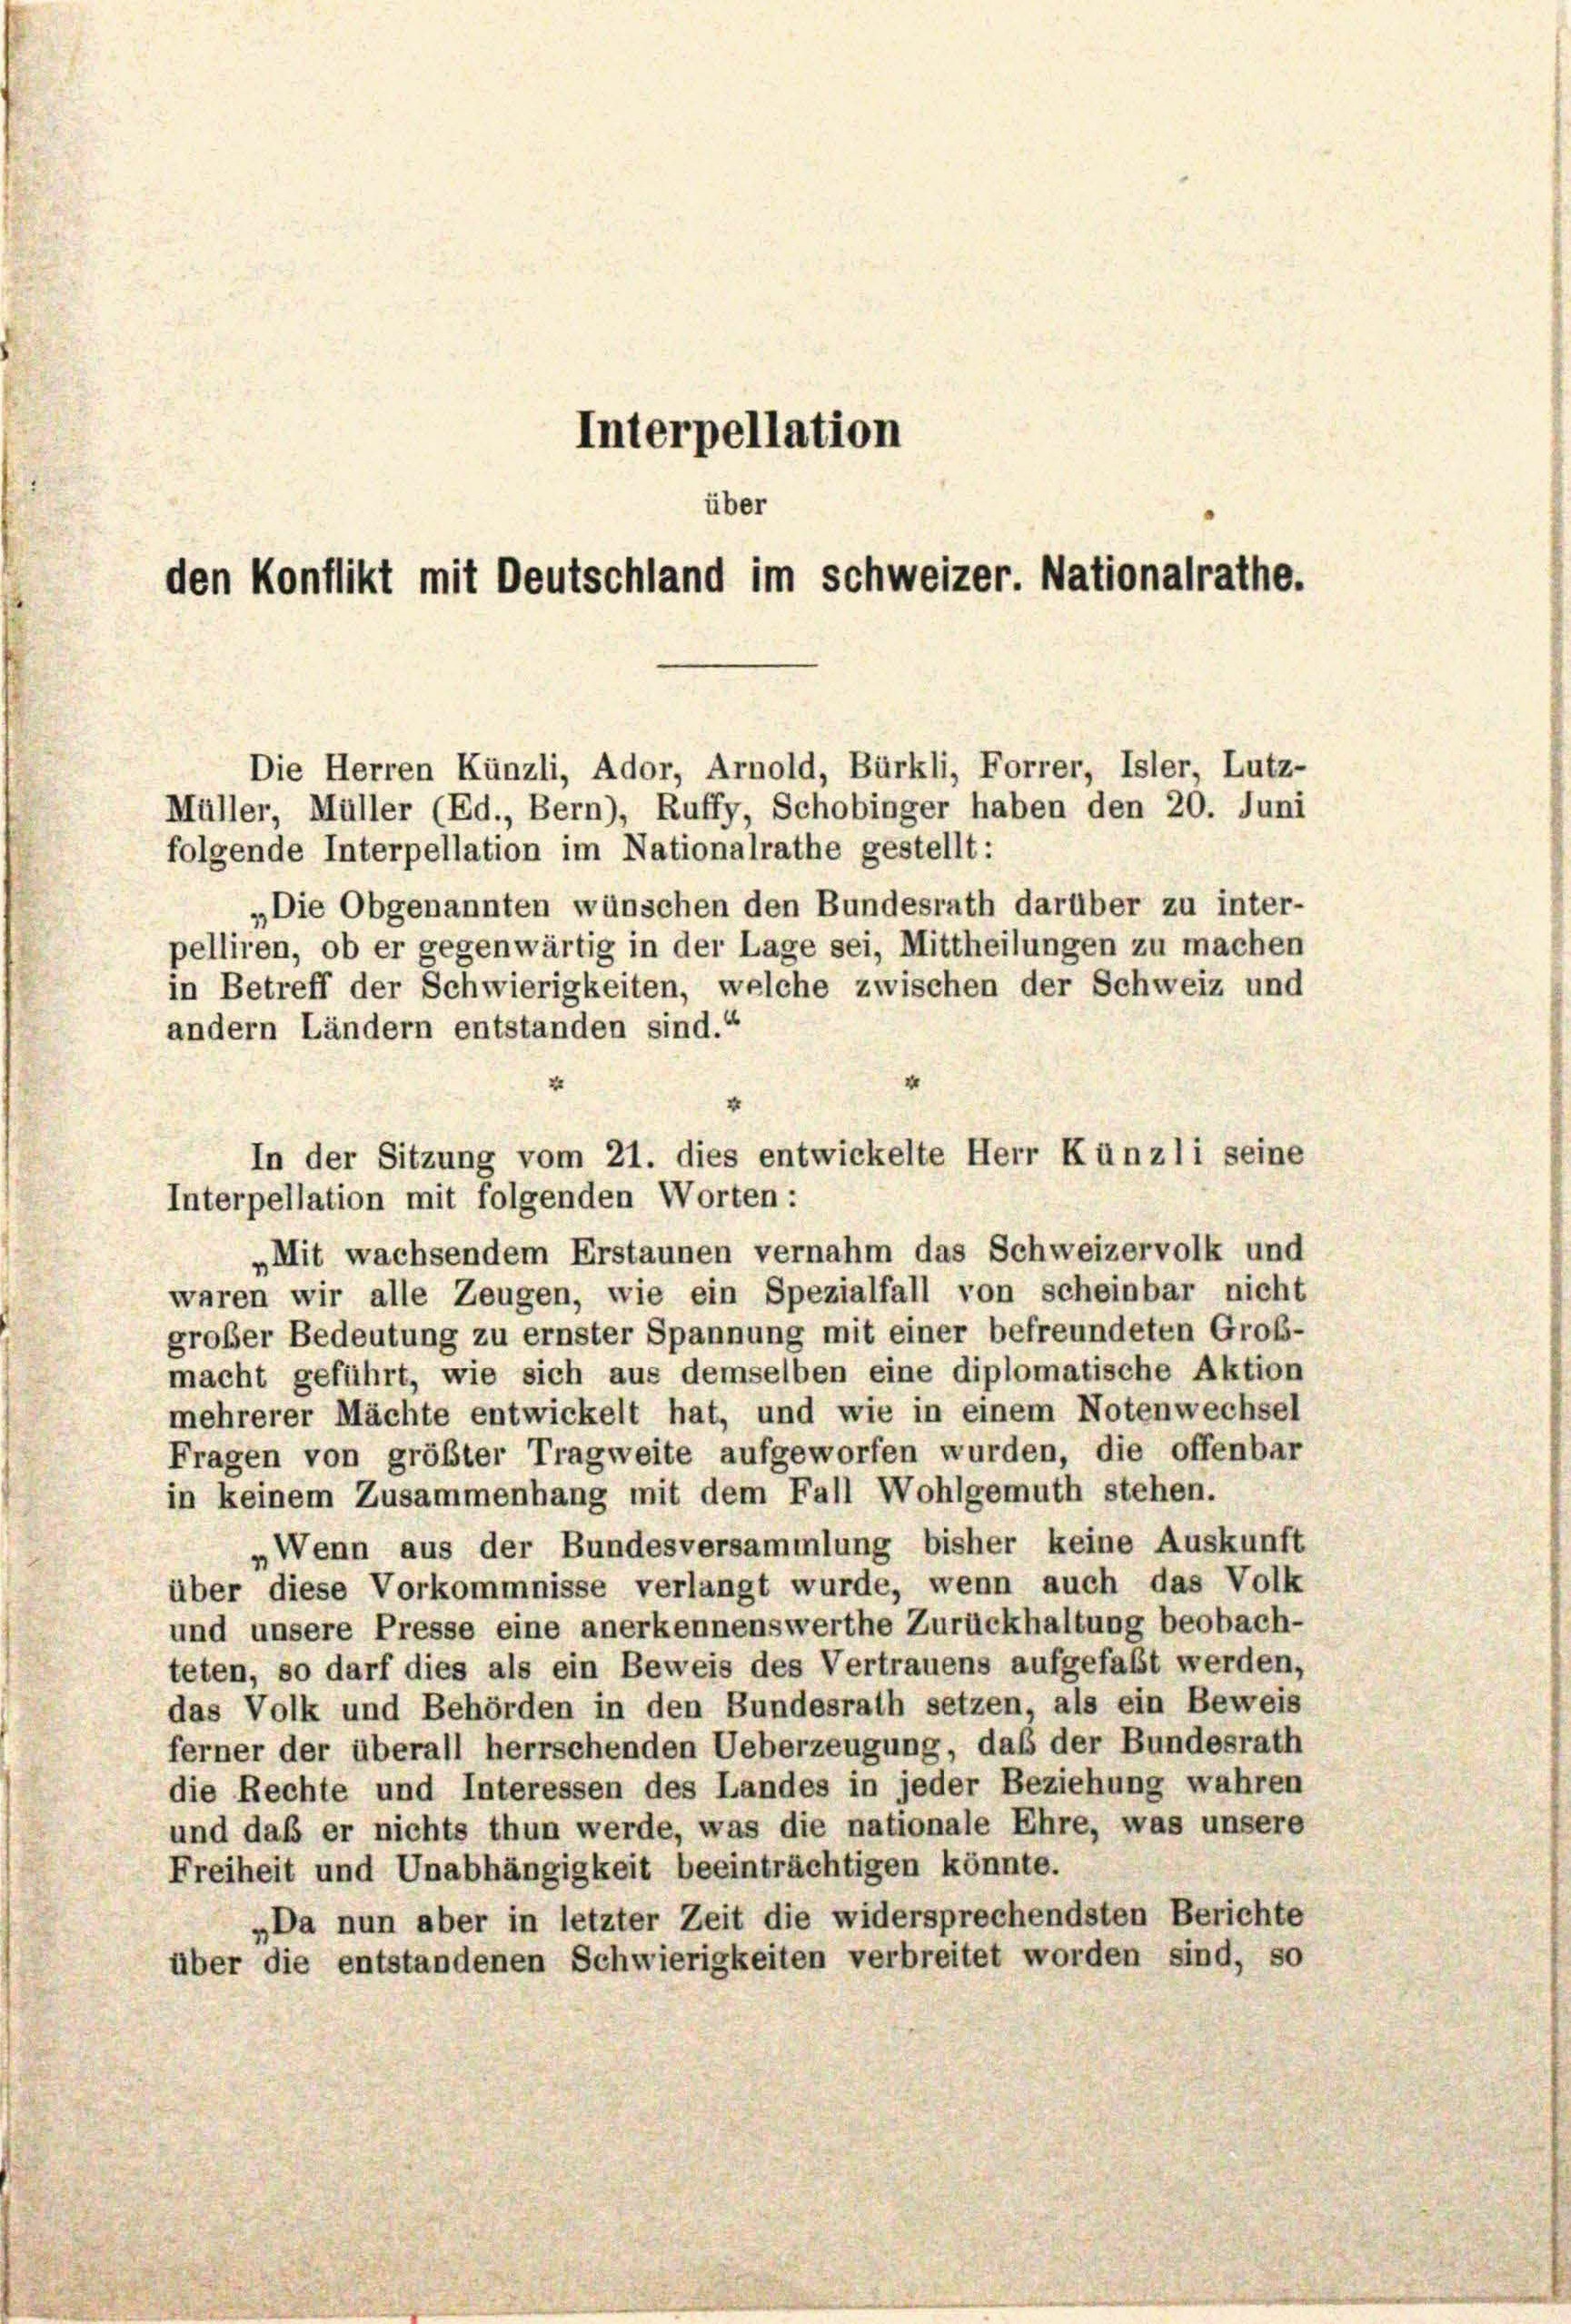
Interpellation
über
den Konflikt mit Deutschland im Schweizer. Nationalrathe.

In der Sitzung vom 21. dies entwickelte Herr Künzli seine

Die Herren Künzli, Ador, Arnold, Bürkli, Forrer, Isler, Lutz-
Müller, Müller (Ed., Bern), Ruffy, Schobinger haben den 20. Juni
folgende Interpellation im Nationalrathe gestellt:
„Die Obgenannten wünschen den Bundesrath darüber zu inter-
pelliren, ob er gegenwärtig in der Lage sei, Mittheilungen zu machen
in Betreff der Schwierigkeiten, welche zwischen der Schweiz und
andern Ländern entstanden sind.“
2
Interpellation mit folgenden Worten:
„Mit wachsendem Erstaunen vernahm das Schweizervolk und
waren wir alle Zeugen, wie ein Spezialfall von scheinbar nicht
großer Bedeutung zu ernster Spannung mit einer befreundeten Groß-
macht geführt, wie sich aus demselben eine diplomatische Aktion
mehrerer Mächte entwickelt hat, und wie in einem Notenwechsel
Fragen von größter Tragweite aufgeworfen wurden, die offenbar
in keinem Zusammenhang mit dem Fall Wohlgemuth stehen.
Wenn aus der Bundesversammlung bisher keine Auskunft
über diese Vorkommnisse verlangt wurde, wenn auch das Volk
und unsere Presse eine anerkennenswerthe Zurückhaltung beobach-
teten, so darf dies als ein Beweis des Vertrauens aufgefaßt werden,
das Volk und Behörden in den Bundesrath setzen, als ein Beweis
ferner der überall herrschenden Ueberzeugung, daß der Bundesrath
die Rechte und Interessen des Landes in jeder Beziehung wahren
und daß er nichts thun werde, was die nationale Ehre, was unsere
Freiheit und Unabhängigkeit beeinträchtigen könnte.
„Da nun aber in letzter Zeit die widersprechendsten Berichte
über die entstandenen Schwierigkeiten verbreitet worden sind, so